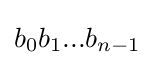
{\textstyle b_{0}b_{1}...b_{n-1}}